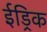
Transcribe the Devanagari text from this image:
ईड्रिक